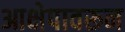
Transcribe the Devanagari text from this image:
आक्षेपावरून